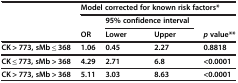
<table><thead><tr><td><b> </b></td><td colspan="4"><b>Model corrected for known risk factors*</b></td></tr></thead><tbody><tr><td> </td><td> </td><td><b>95% confidence interval</b></td><td> </td><td> </td></tr><tr><td> </td><td><b>OR</b></td><td><b>Lower</b></td><td><b>Upper</b></td><td><b><i>p </i></b><b>value**</b></td></tr><tr><td><b>CK &gt; 773, sMb ≤ 368</b></td><td><b>1.06</b></td><td><b>0.45</b></td><td><b>2.27</b></td><td><b>0.8818</b></td></tr><tr><td><b>CK ≤ 773, sMb &gt; 368</b></td><td><b>4.29</b></td><td><b>2.71</b></td><td><b>6.8</b></td><td><b>&lt;0.0001</b></td></tr><tr><td><b>CK &gt; 773, sMb &gt; 368</b></td><td><b>5.11</b></td><td><b>3.03</b></td><td><b>8.63</b></td><td><b>&lt;0.0001</b></td></tr></tbody></table>